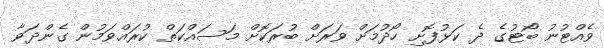
ވެއްޓުނު ބޯޓުގެ ދެ ކަޅުފޮށި ހޯދުމަށް ވަރަށް ބުރަކޮށް މަސައްކަތް ކުރައްވަމުން ގެންދަވާ